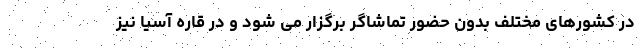
در کشورهای مختلف بدون حضور تماشاگر برگزار می شود و در قاره آسیا نیز